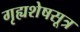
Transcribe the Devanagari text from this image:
गृह्यशेषसूत्र